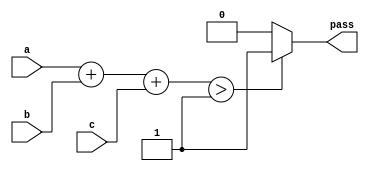
module majority_logic (a, b, c, pass);
    input a, b, c;
    output pass;

    assign pass = (a + b + c > 2'd1) ? 1'b1 : 1'b0;

endmodule

module testbench;
    reg a, b, c;
    wire pass;

    initial
        begin
                $monitor("a:%b b:%b c:%b, pass=%b", a, b, c, pass);
                a <= 0;
                b <= 0;
                c <= 0;
                #15 $finish;
        end

    always #1 a <= a + 1;
    always #2 b <= b + 1;
    always #4 c <= c + 1;

    majority_logic inst0 (a, b, c, pass);
endmodule